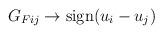
LaTeX: \begin{align*}G_{Fij} \rightarrow {\rm sign}(u_i-u_j)\end{align*}